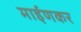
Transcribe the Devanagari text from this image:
माईणकर